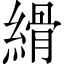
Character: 縎